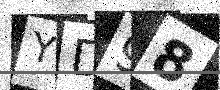
Text: YD98